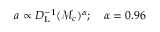
a \propto D _ { \mathrm { { L } } } ^ { - 1 } ( \mathcal { M } _ { c } ) ^ { \alpha } ; \quad \alpha = 0 . 9 6